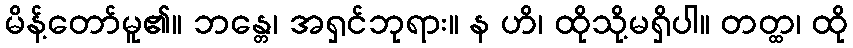
မိန့်တော်မူ၏။ ဘန္တေ၊ အရှင်ဘုရား။ န ဟိ၊ ထိုသို့မရှိပါ။ တတ္ထ၊ ထို